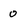
Character: 0